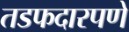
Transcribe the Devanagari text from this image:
तडफदारपणे